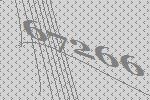
67266